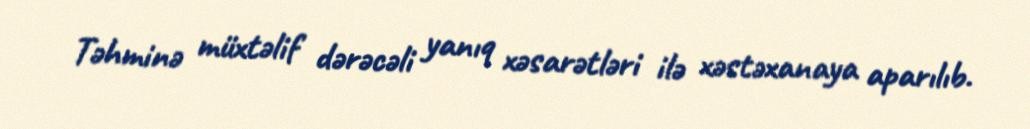
Təhminə müxtəlif dərəcəli yanıq xəsarətləri ilə xəstəxanaya aparılıb.